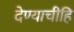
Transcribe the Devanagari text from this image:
देण्याचीहि